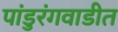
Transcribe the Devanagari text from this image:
पांडुरंगवाडीत